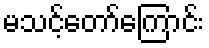
မသင့်တော်ကြောင်း